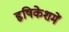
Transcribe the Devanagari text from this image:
हृषिकेशमें